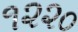
૧૨૨૦